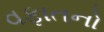
વફાતનો